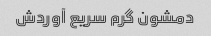
دمشون گرم سریع آوردش